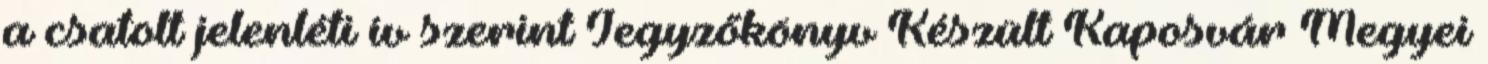
a csatolt jelenléti ív szerint Jegyzőkönyv Készült Kaposvár Megyei